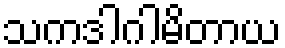
သကဒါဂါမိတာယ